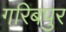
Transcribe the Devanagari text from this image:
गरिबपुर